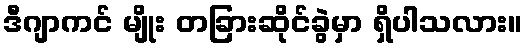
ဒီဂျာကင် မျိုး တခြားဆိုင်ခွဲမှာ ရှိပါသလား။